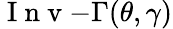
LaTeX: {\mathrm{~I~n~v~}{-}\Gamma}(\theta,\gamma)